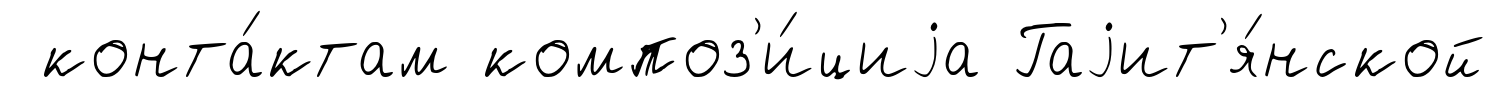
конта́ктам композ'и́циjа Гаjит'я́нской